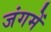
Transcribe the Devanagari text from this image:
जंगमें